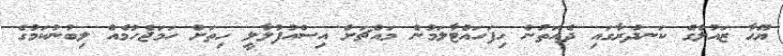
ޔޫހާ ޒައުލްގެ ކަނދުރާގައި ދެއަތުން ހިފަހައްޓާލަމުން މައްޗަށް އިސްއުފުލާލީ ހިތަށް ހަމަޖެހުމެއް ލިބުނުކަމުގެ